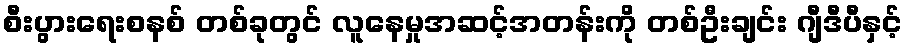
စီးပွားရေးစနစ် တစ်ခုတွင် လူနေမှုအဆင့်အတန်းကို တစ်ဦးချင်း ဂျီဒီပီနှင့်